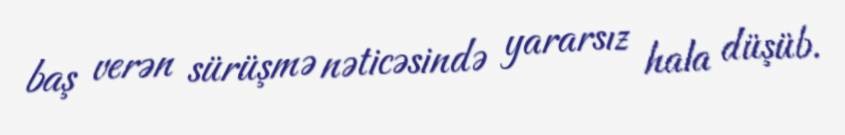
baş verən sürüşmə nəticəsində yararsız hala düşüb.